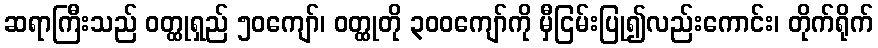
ဆရာကြီးသည် ဝတ္ထုရှည် ၅၀ကျော်၊ ဝတ္ထုတို ၃၀၀ကျော်ကို မှီငြမ်းပြု၍လည်းကောင်း၊ တိုက်ရိုက်